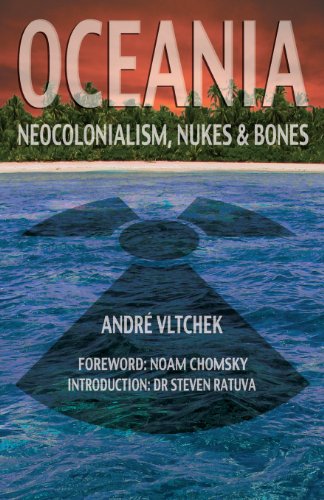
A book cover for Oceania: Neocolonialism, Nukes and Bones; Andre Vltchek; History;